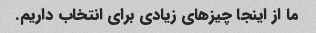
ما از اینجا چیزهای زیادی برای انتخاب داریم.